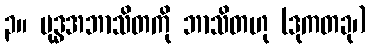
၃။ ဗုဒ္ဓအဘာသိတကို ဘာသိတဟု (ဒုကတခု၊)